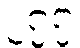
၂၇၇